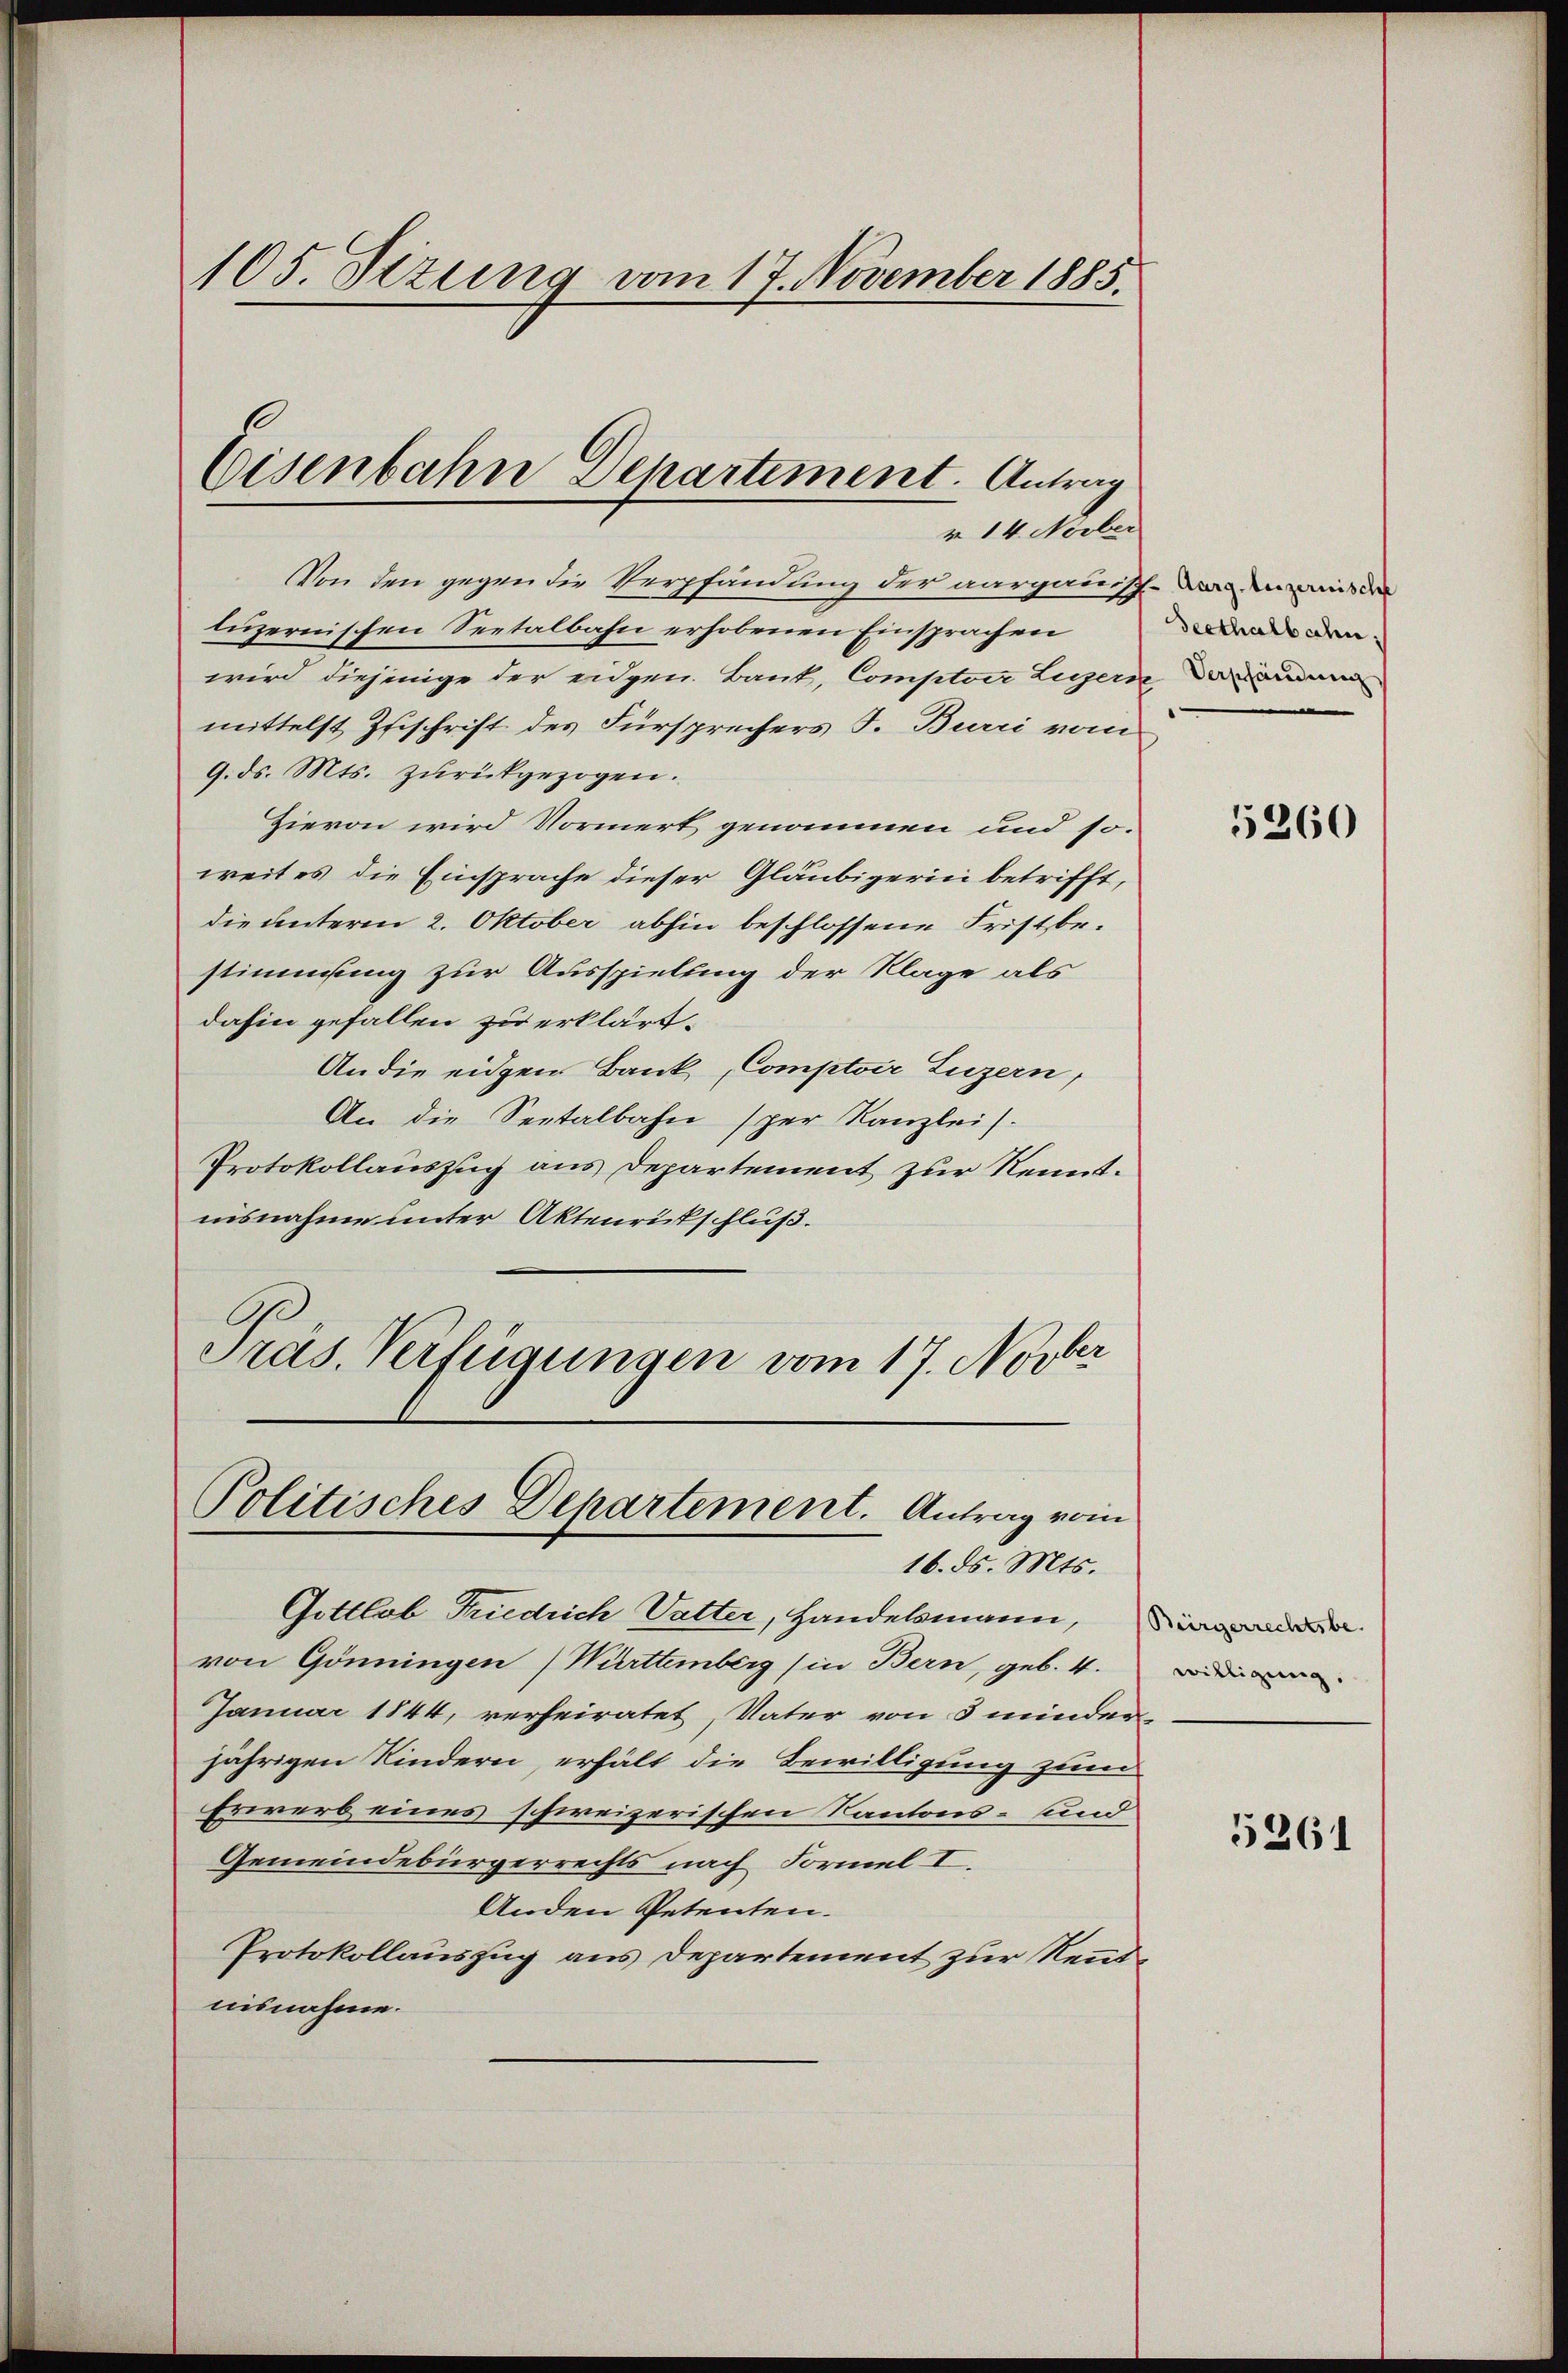
105. Dezung vom 17. November 1885.

Eisenbahn Departement. Antrag
r 14. Novber

Von den gegen die Verpfändung der aargauische war mit der
luzernischen Seetalbahn erhobenen Einsprachen
wird diejenige der eidgen Bank, Comptoir Legern darauen
mittelst Zuschrift des Fürsprechers J. Burri vom
9. ds. Mts. zurückgezogen.
Hievon wird Normert genommen und so
weit es die Einsprache dieser Gläubigerin betrifft,
die unterm 2. Oktober abhin beschlossene Fristbestimmung zur Ausspielung der Klage als
dahin gefallen zu erklärt.
An die eidgen Bank, Comptoir Luzern,
An die Seetalbahn sper Kanzlei.
Protokollauszug aus Departement zur Kenntnisnahme unter Aktenrütschluß.
Präs. Verfügungen vom 17. Novber

Politisches Departement. Antrag vom
16. ds. Mts.

Gottlob Friedrich Vatter, Handelsmann,
von Gönningen (Württemberg (in Bern, geb. 4.
Januar 1844, verheiratet, Vater von 3 minder
jährigen Kindern, erhält die Bewilligung zum
Erwerb eines schweizerischen Kantons- und
Gemeindebürgerrechts nach Formel II.
Anden Petenten.
Protokollauszug aus Departement zur Renntnisnahme.

Seethalbahn.

5260

willigung,

5261